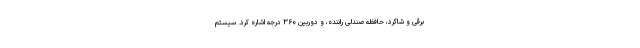
برقی و شاگرد، حافظه صندلی راننده، و دوربین ۳۶۰ درجه اشاره کرد. سیستم